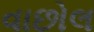
વાછોલ